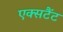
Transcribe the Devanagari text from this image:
एक्सटैंट